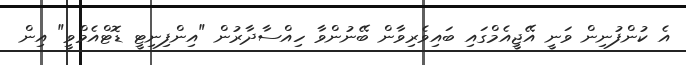
އެ ކުންފުނިން ވަނީ އޭޖީއެމްގައި ބައިވެރިވާން ބޭނުންވާ ހިއްސާދާރުން "އިންފިނިޓީ ޑޮޓްއެމްވީ" އިން